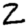
Digit: 2